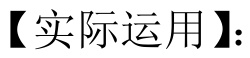
【实际运用】：